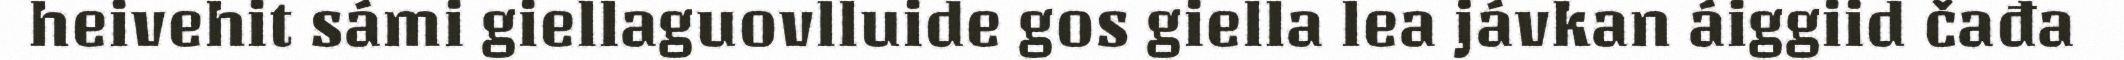
heivehit sámi giellaguovlluide gos giella lea jávkan áiggiid čađa